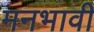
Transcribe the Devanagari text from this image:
मनभावी